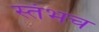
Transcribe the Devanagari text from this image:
स्तंभच